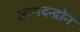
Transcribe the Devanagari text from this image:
अल्पदन्द्रोन